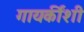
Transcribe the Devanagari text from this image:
गायकींशी